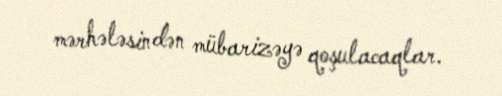
mərhələsindən mübarizəyə qoşulacaqlar.